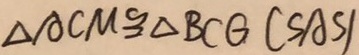
\Delta A C M \cong \Delta B C G ( S A S )